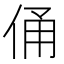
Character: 俑